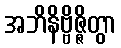
အဘိနိဗ္ဗိဇ္ဇိတွာ